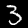
Label: 3